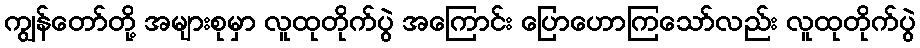
ကျွန်တော်တို့ အများစုမှာ လူထုတိုက်ပွဲ အကြောင်း ပြောဟောကြသော်လည်း လူထုတိုက်ပွဲ